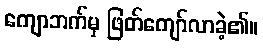
ကျောဘက်မှ ဖြတ်ကျော်လာခဲ့၏။